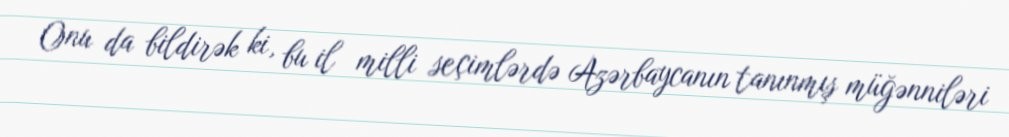
Onu da bildirək ki, bu il milli seçimlərdə Azərbaycanın tanınmış müğənniləri